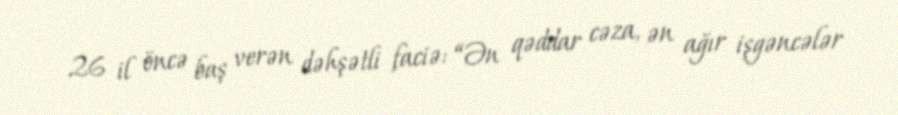
26 il öncə baş verən dəhşətli faciə: “Ən qəddar cəza, ən ağır işgəncələr